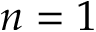
n = 1